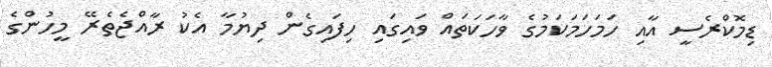
ޑިމޮކްރެސީ އާއި ހަމަހަމަކަމުގެ ވާހަކަތައް ވައިގައި ހިފައިގެން ދިޔުމާ އެކު ރާއްޖެތެރޭ މީހުންގެ